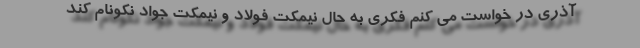
آذری در خواست می کنم فکری به حال نیمکت فولاد و نیمکت جواد نکونام کند